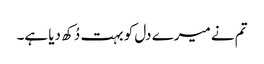
تم نے میرے دل کو بہت دُکھ دیا ہے۔